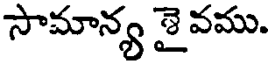
సామాన్య శైవము.